Preparation of a safe and efficient antirabic vaccine - Number 44
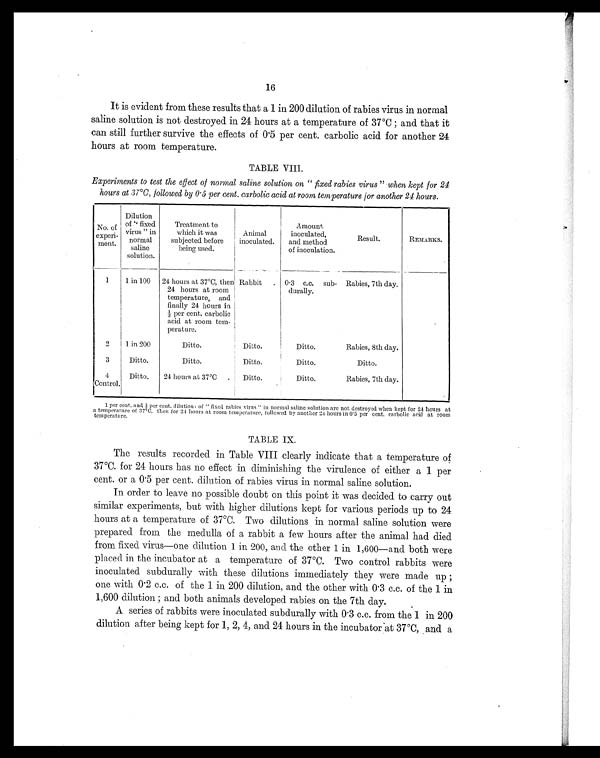
16
It is evident from these results that a 1 in 200 dilution of rabies virus in normal
saline solution is not destroyed in 24 hours at a temperature of 37°C; and that it
can still further survive the effects of 0.5 per cent. carbolic acid for another 24
hours at room temperature.
TABLE VIII.
Experiments to test the effect of normal saline solution on " fixed rabies virus " when kept for 24
hours at 37°C, followed by 0.5 per cent. carbolic acid at room temperature for another 24 hours.
No. of
experi-
ment.
Dilution
of " fixed
virus " in
normal
saline
solution.
Treatment to
which it was
subjected before
being used.
Animal
inoculated.
Amount
inoculated,
and method
of inoculation.
Result.
REMARKS.
1
1 in 100 24 hours at 37°C, then
24 hours at room
temperature, and
finally 24 hours in
½ per cent. carbolic
acid at room tem-
perature.
Rabbit . 0.3 c.c. sub-
durally.
Rabies, 7th day.
2
1 in 200
Ditto.
Ditto.
Ditto.
Rabies, 8th day.
3
Ditto.
Ditto.
Ditto.
Ditto.
Ditto.
4
Ditto.
24 hours at 37°C .
Ditto.
Ditto.
Rabies, 7th day.
Control.
1 p e r c e n t . a n d ½ p e r c e n t . d i l u t i o n s o f " f i x e d r a b i e s v i r u s " i n n o r ma l s a l i n e s o l u t i o n a r e n o t d e s t r o y e d wh e n k e p t f o r 2 4 h o u r s a t
a temperature of 37°C, then for 24 hours at room temperature, followed by another 24 hours in 0.5 per cent. carbolic acid at room
temperature.
TABLE IX.
The results recorded in Table VIII clearly indicate that a temperature of
37°C. for 24 hours has no effect in diminishing the virulence of either a 1 per
cent. or a 0.5 per cent. dilution of rabies virus in normal saline solution.
In order to leave no possible doubt on this point it was decided to carry out
similar experiments, but with higher dilutions kept for various periods up to 24
hours at a temperature of 37°C. Two dilutions in normal saline solution were
prepared from the medulla of a rabbit a few hours after the animal had died
from fixed virus—one dilution 1 in 200, and the other 1 in 1,600—and both were
placed in the incubator at a temperature of 37°C. Two control rabbits were
inoculated subdurally with these dilutions immediately they were made up;
one with 0.2 c.c. of the 1 in 200 dilution, and the other with 0.3 c.c. of the 1 in
1,600 dilution; and both animals developed rabies on the 7th day.
A series of rabbits were inoculated subdurally with 0.3 c.c. from the 1 in 200
dilution after being kept for 1, 2, 4, and 24 hours in the incubator at 37°C, and a